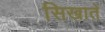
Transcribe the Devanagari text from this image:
सिखातें